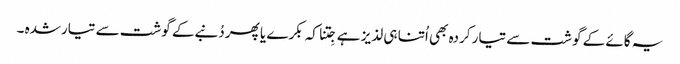
یہ گائے کے گوشت سے تیار کردہ بھی اُتنا ہی لذیز ہے جِتنا کہ بکرے یا پھر دُنبےکے گوشت سے تیارشدہ ۔